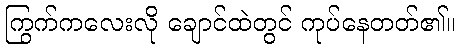
ကြွက်ကလေးလို ချောင်ထဲတွင် ကုပ်နေတတ်၏။